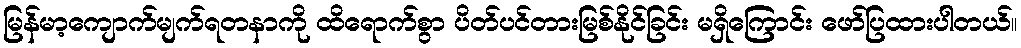
မြန်မာ့ကျောက်မျက်ရတနာကို ထိရောက်စွာ ပိတ်ပင်တားမြစ်နိုင်ခြင်း မရှိကြောင်း ဖော်ပြထားပါတယ်။